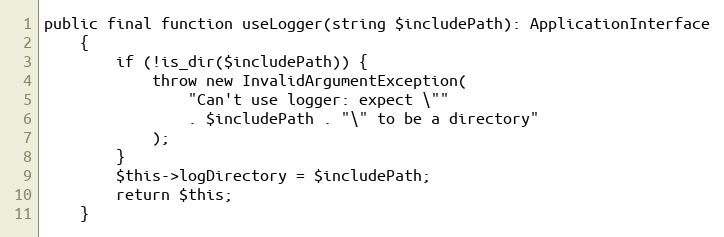
Language: PHP
public final function useLogger(string $includePath): ApplicationInterface
    {
        if (!is_dir($includePath)) {
            throw new InvalidArgumentException(
                "Can't use logger: expect \""
                . $includePath . "\" to be a directory"
            );
        }
        $this->logDirectory = $includePath;
        return $this;
    }